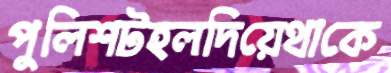
পুলিশটহলদিয়েথাকে